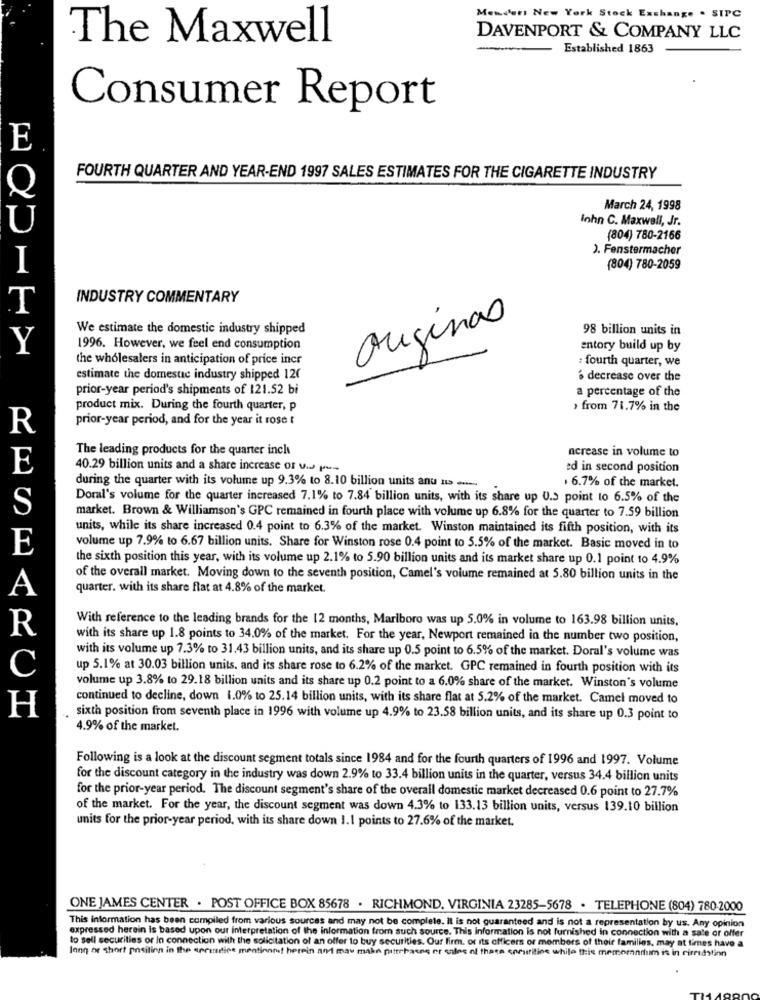
Mender New York Stock Exchange . SIPC
The Maxwell
DAVENPORT & COMPANY LLC
Established 1863
Consumer Report
E
FOURTH QUARTER AND YEAR-END 1997 SALES ESTIMATES FOR THE CIGARETTE INDUSTRY
O
March 24, 1998
Inhn C. Maxwell, Jr.
U
(804) 780-2166
). Fenstermacher
I
(804) 780-2059
INDUSTRY COMMENTARY
T
We estimate the domestic industry shipped
originas
98 billion units in
Y
1996. However, we feel end consumption
entory build up by
the wholesalers in anticipation of price incr
: fourth quarter, we
estimate the domestic industry shipped 120
6 decrease over the
prior-year period's shipments of 121.52 bi
a percentage of the
product mix. During the fourth quarter, P
> from 71.7% in the
prior-year period, and for the year it rose t
R
The leading products for the quarter inch
acrease in volume to
E
40.29 billion units and a share increase of ves pu-
ed in second position
during the quarter with its volume up 9.3% to 8.10 billion units anu us ......
. 6.7% of the market.
Doral's volume for the quarter increased 7.1% to 7.84 billion units, with its share up U.3 point to 6.5% of the
S
market. Brown & Williamson's GPC remained in fourth place with volume up 6.8% for the quarter to 7.59 billion
units, while its share increased 0.4 point to 6.3% of the market. Winston maintained its fifth position, with its
E
volume up 7.9% to 6.67 billion units. Share for Winston rose 0.4 point to 5.5% of the market. Basic moved in to
the sixth position this year, with its volume up 2.1% to 5.90 billion units and its market share up 0.1 point to 4.9%
of the overall market. Moving down to the seventh position, Camel's volume remained at 5.80 billion units in the
A
quarter. with its share flat at 4.8% of the market.
With reference to the leading brands for the 12 months, Marlboro was up 5.0% in volume to 163.98 billion units,
R
with its share up 1.8 points to 34.0% of the market. For the year, Newport remained in the number two position,
with its volume up 7.3% to 31.43 billion units, and its share up 0.5 point to 6.5% of the market. Doral's volume was
C
up 5.1% at 30.03 billion units, and its share rose to 6.2% of the market. GPC remained in fourth position with its
volume up 3.8% to 29.18 billion units and its share up 0.2 point to a 6.0% share of the market. Winston's volume
continued to decline, down 1.0% to 25.14 billion units, with its share flat at 5.2% of the market. Camel moved to
H
sixth position from seventh place in 1996 with volume up 4.9% to 23.58 billion units, and its share up 0.3 point to
4.9% of the market.
Following is a look at the discount segment totals since 1984 and for the fourth quarters of 1996 and 1997. Volume
for the discount category in the industry was down 2.9% to 33.4 billion units in the quarter, versus 34.4 billion units
for the prior-year period. The discount segment's share of the overall domestic market decreased 0.6 point to 27.7%
of the market. For the year, the discount segment was down 4.3% to 133.13 billion units, versus 139.10 billion
units for the prior-year period, with its share down 1.1 points to 27.6% of the market.
ONE JAMES CENTER . POST OFFICE BOX 85678 . RICHMOND, VIRGINIA 23285-5678 . TELEPHONE (804) 780-2000
This information has been compiled from various sources and may not be complete. it is not guaranteed and is not a representation by us. Any opinion
expressed herein is based upon our interpretation of the information from such source. This Information is not furnished in connection with a sale or offer
to sell securities or In connection with the solicitation of an offer to buy securities. Our firm. or its officers or members of their families, may at times have a
long or short position in the erredline mentinnn! herein and may make puttehaces er sales of thate enmunition while thie memomnium is in rirridytinn